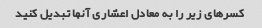
کسرهای زیر را به معادل اعشاری آنها تبدیل کنید